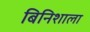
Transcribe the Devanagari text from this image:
बिनिशाला